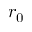
r _ { 0 }